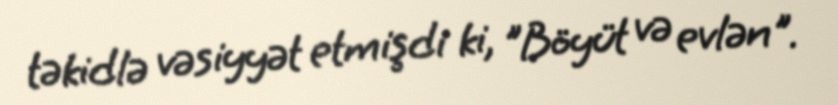
təkidlə vəsiyyət etmişdi ki, "Böyüt və evlən".